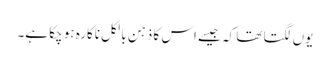
یوں لگتا تھا کہ جیسے اس کا ذہن بالکل ناکارہ ہو چکا ہے۔